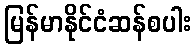
မြန်မာနိုင်ငံဆန်စပါး